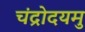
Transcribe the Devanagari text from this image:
चंद्रोदयमु